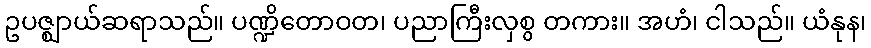
ဥပဇ္ဈာယ်ဆရာသည်။ ပဏ္ဍိတောဝတ၊ ပညာကြီးလှစွ တကား။ အဟံ၊ ငါသည်။ ယံနုန၊